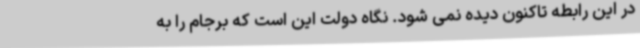
در این رابطه تاکنون دیده نمی شود. نگاه دولت این است که برجام را به